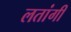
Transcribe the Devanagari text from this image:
लतांगी